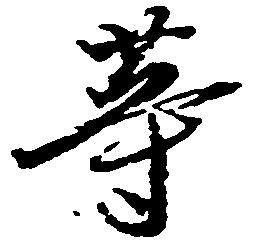
等